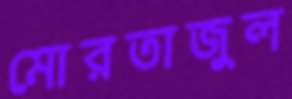
মোরতাজুল